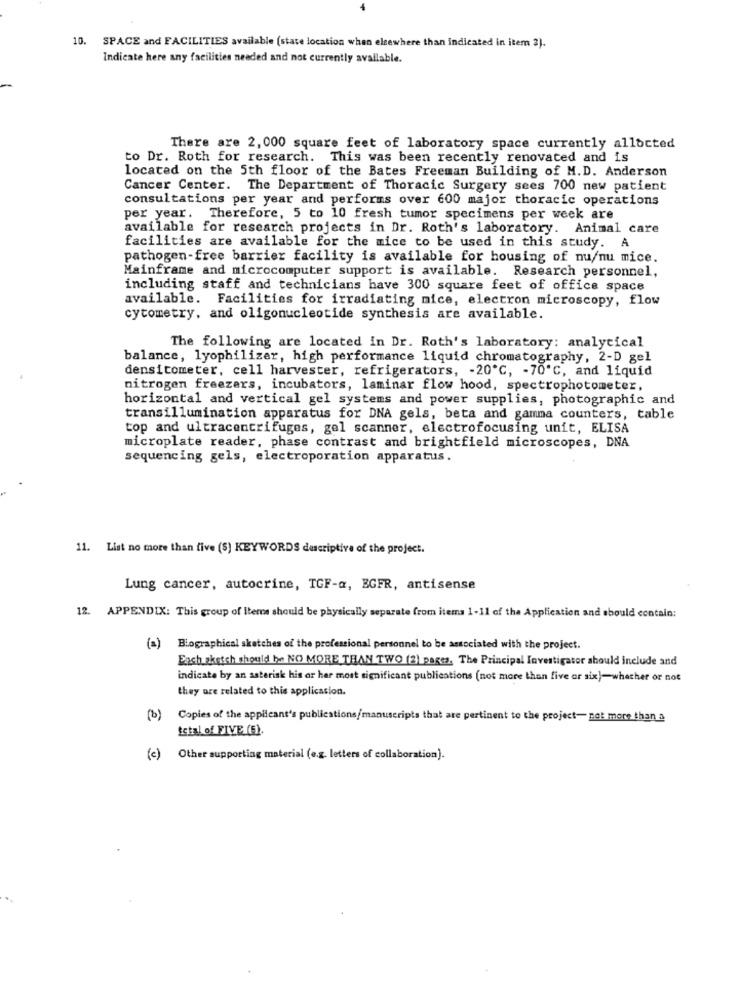
10. SPACE and FACILITIES available (state location when elsewhere than indicated in item 3).
Indicate here any facilities needed and not currently available.
There are 2, 000 square feet of laboratory space currently allocted
to Dr. Roth for research. This was been recently renovated and is
located on the 5th floor of the Bates Freeman Building of M.D. Anderson
Cancer Center. The Department of Thoracic Surgery sees 700 new patient
consultations per year and performs over 600 major thoracic operations
per year. Therefore, 5 to 10 fresh tumor specimens per week are
available for research projects in Dr. Roth's laboratory. Animal care
facilities are available for the mice to be used in this study. A
pathogen-free barrier facility is available for housing of nu/nu mice.
Mainframe and microcomputer support is available. Research personnel,
including staff and technicians have 300 square feet of office space
available. Facilities for irradiating nice, electron microscopy, flow
cytometry, and oligonucleotide synthesis are available.
The following are located in Dr. Roth's laboratory: analytical
balance, lyophilizer, high performance liquid chromatography, 2-D gel
densitometer, cell harvester, refrigerators, - 20℃, - 70'℃, and liquid
nitrogen freezers, incubators, laminar flow hood, spectrophotometer,
horizontal and vertical gel systems and power supplies, photographic and
transillumination apparatus for DNA gels, beta and gamma counters, table
top and ultracentrifuges, gel scanner, electrofocusing unit, ELISA
microplate reader, phase contrast and brightfield microscopes, DNA
sequencing gels, electroporation apparatus.
11. List no more than five (S) KEYWORDS descriptive of the project.
Lung cancer, autocrine, TGF-a, EGFR, antisense
12. APPENDIX: This group of Itens should be physically separate from items 1-11 of the Application and should contain:
(a)
Biographical sketches of the professional personnel to be associated with the project.
Each sketch should be NO MORE THAN TWO (2) pages. The Principal Investigator should include and
indicate by an asterisk his or her most significant publications (not more than five or six)-whether or not
they are related to this application.
Copies of the appilcant's publications/manuscripts that are pertinent to the project- not more than a
total of FIVE (S).
(c) Other supporting material (e.g. letters of collaboration).